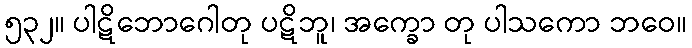
၅၃၂။ ပါဋိဘောဂေါတု ပဋိဘူ၊ အက္ခော တု ပါသကော ဘဝေ။